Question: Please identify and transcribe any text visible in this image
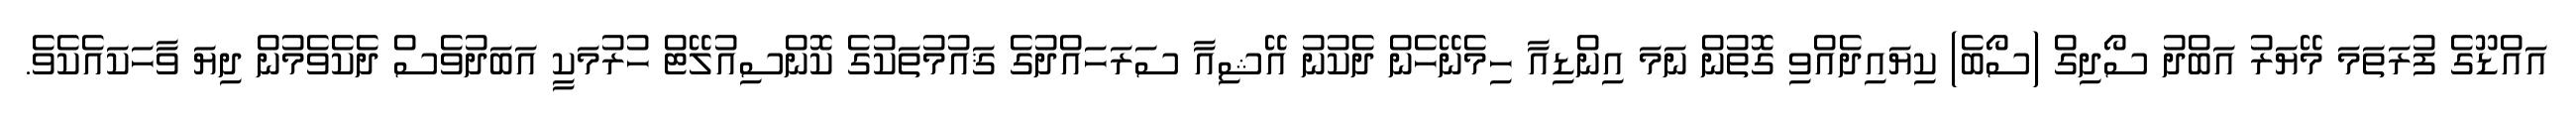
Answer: އައްޑޫގެ ފުރަތަމަ މޭޔަރު އަބްދު ސޯދިގް (ސޯބެ) ކިޔައިދެއްވި ގޮތުން ނަމަ އިންޑިއާ ހިމެނޭހެން ދެކުނު އޭޝިއާ ސަރަހައްދުގެ ޤައުމުތަކުގެ ކޮންސިއުލޭޓް ހުރުމަކީ އަބަދުވެސް ދެކެވެމުން ދިޔަ ވާހަކައެކެވެ.